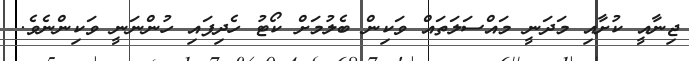
ޖިނާއީ ކުށާއި މަދަނީ މައްސަލަތައް ވަކިން ބެލުމަށް ކޯޓު ހެދިފައި ހުންނަނީ ވަކިންނެވެ.